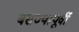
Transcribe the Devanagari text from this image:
बसण्यापूर्वी